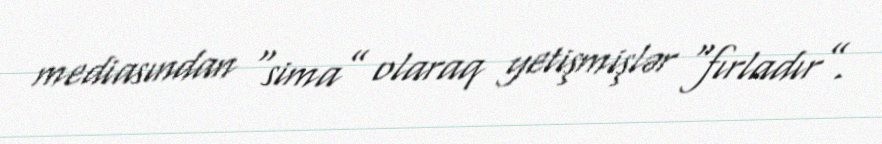
mediasından “sima” olaraq yetişmişlər “fırladır”.